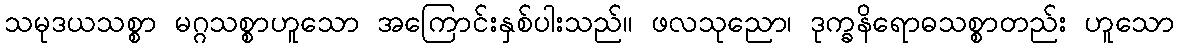
သမုဒယသစ္စာ မဂ္ဂသစ္စာဟူသော အကြောင်းနှစ်ပါးသည်။ ဖလသုညော၊ ဒုက္ခနိရောဓသစ္စာတည်း ဟူသော